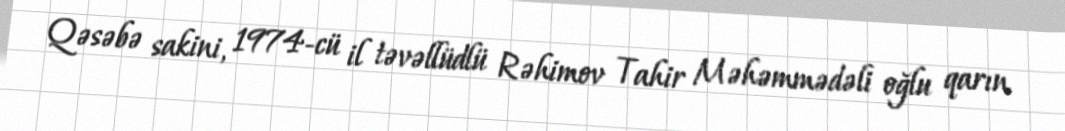
Qəsəbə sakini, 1974-cü il təvəllüdlü Rəhimov Tahir Məhəmmədəli oğlu qarın